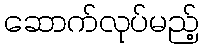
ဆောက်လုပ်မည့်